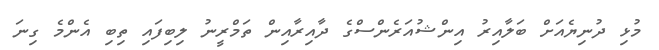
މުޅި ދުނިޔެއަށް ބަލާއިރު އިންޝުއަރެންސްގެ ދާއިރާއިން ތަމްރީނު ލިބިފައި ތިބި އެންމެ ގިނަ